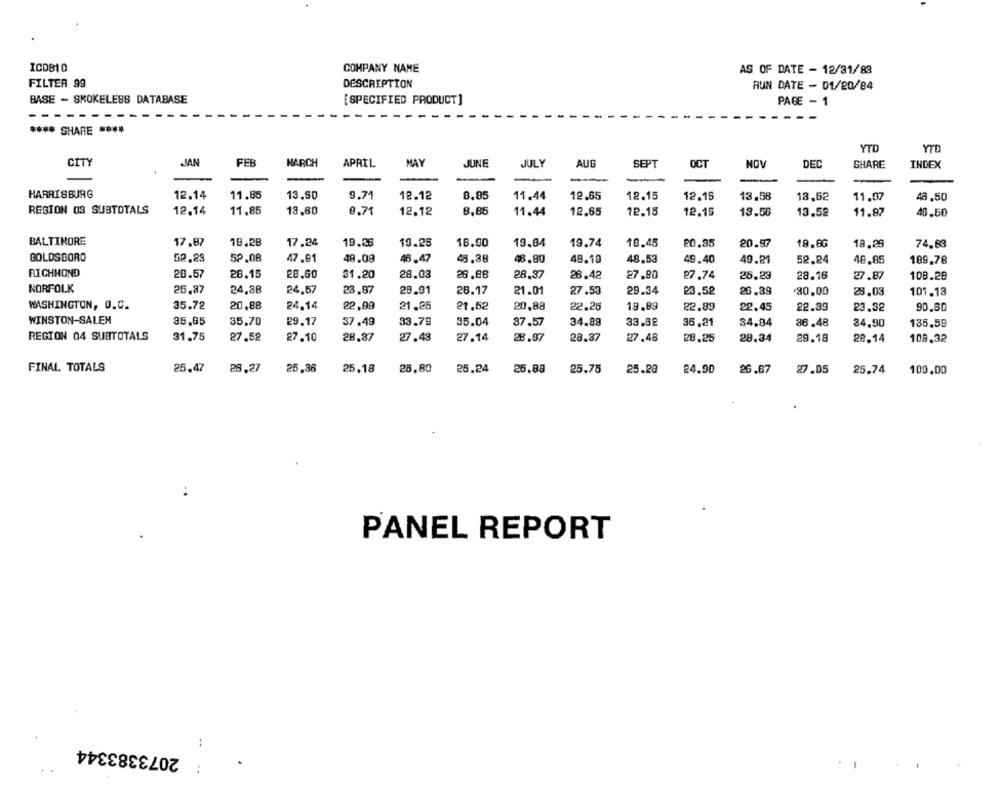
ICDB10
COMPANY NAME
AS OF DATE - 12/31/83
FILTER 99
DESCRIPTION
RUN DATE - 01/20/84
BASE - SMOKELESS DATABASE
[SPECIFIED PRODUCT ]
PAGE - 1
----- -.
....
**** SHARE
YTD
YTD
CITY
JAN
FEB
MARCH
APRIL
MAY
JUNE
JULY
AUG
SEPT
OCT
NOV
DEC
SHARE
INDEX
HARRISBURG
12.14
11.85
13.50
9.71
12.12
8.85
11.44
12.65
12.15
12.16
13.58
18,62
11.07
48.50
REGION 03 SUBTOTALS
12.14
11.85
13,80
8.71
12.12
8,85
11.44
12.65
72.15
12.16
13.56
13.52
11.87
46.50
BALTIMORE
17.87
19.28
17.24
19.28
19.25
18.90
19.84
19.74
18.45
20,35
20.97
18.66
18.29
74.83
BOLDSBORD
52.28
52,08
47.81
48.09
46.47
48.38
48.80
48.19
48.53
49.40
49.21
52.24
48.85
189,78
RICHMOND
28.57
28.15
28.60
31.20
28.03
26.88
28,37
28.42
27.90
27.74
25.23
28.16
27.87
108.28
NORFOLK
25,87
24,88
24,57
23.97
28.91
28.17
21.01
27.53
29.34
23.52
26.88
30.00
28.03
101.13
WASHINGTON, O.C.
35.72
20,88
24.14
22,99
21.25
21.52
20,88
22.20
19.89
22.89
22.45
22.39
23.32
90.60
WINSTON-SALEM
35,65
35.70
29.17
37.49
33.79
35.04
87.57
34.89
33.82
36,21
84.84
36.48
34.90
135.59
REGION 04 SUBTOTALS
31.75
27.52
27.10
28,87
27.48
27.14
28.97
28.87
27.48
28.25
28.34
29.18
28.14
108.32
FINAL TOTALS
25.47
26.27
25,36
25.18
25.80
25.24
25.88
25.75
25.28
24.90
26.67
27.05
25.74
100,00
PANEL REPORT
2073383344
1